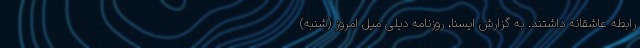
رابطه عاشقانه داشتند. به گزارش ایسنا، روزنامه دیلی میل امروز (شنبه)